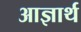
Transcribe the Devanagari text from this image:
आज्ञार्थ